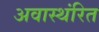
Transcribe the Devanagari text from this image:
अवास्थंरित